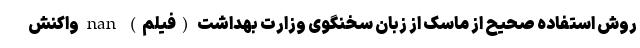
روش استفاده صحیح از ماسک از زبان سخنگوی وزارت بهداشت (فیلم) nan واکنش